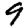
Digit: 9